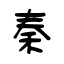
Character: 秦